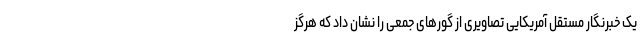
یک خبرنگار مستقل آمریکایی تصاویری از گورهای جمعی را نشان داد که هرگز